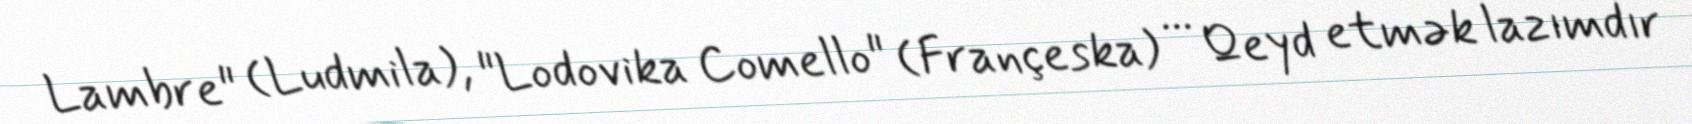
Lambre" (Ludmila), "Lodovika Comello" (Françeska) ... Qeyd etmək lazımdır